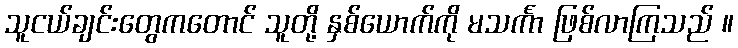
သူငယ်ချင်းတွေကတောင် သူတို့ နှစ်ယောက်ကို မသင်္ကာ ဖြစ်လာကြသည် ။